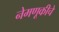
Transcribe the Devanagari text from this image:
नेमणूकीचे